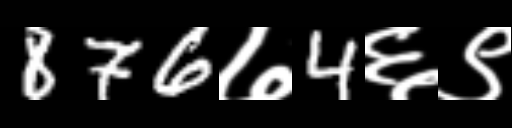
Text: 876७4६९